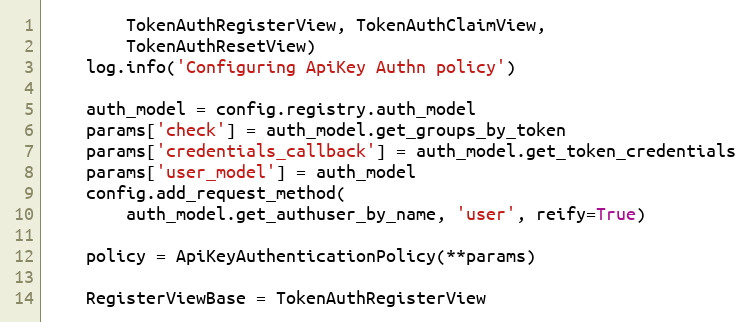
Language: Python
        TokenAuthRegisterView, TokenAuthClaimView,
        TokenAuthResetView)
    log.info('Configuring ApiKey Authn policy')

    auth_model = config.registry.auth_model
    params['check'] = auth_model.get_groups_by_token
    params['credentials_callback'] = auth_model.get_token_credentials
    params['user_model'] = auth_model
    config.add_request_method(
        auth_model.get_authuser_by_name, 'user', reify=True)

    policy = ApiKeyAuthenticationPolicy(**params)

    RegisterViewBase = TokenAuthRegisterView